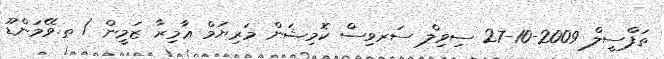
ތަފްސީލް 2009-10-27 ސިވިލް ސަރވިސް ކޮމިޝަން މަރިޔަމް ޢާމިރާ ޒަމީން / ތ.ވޭމަންޑޫ